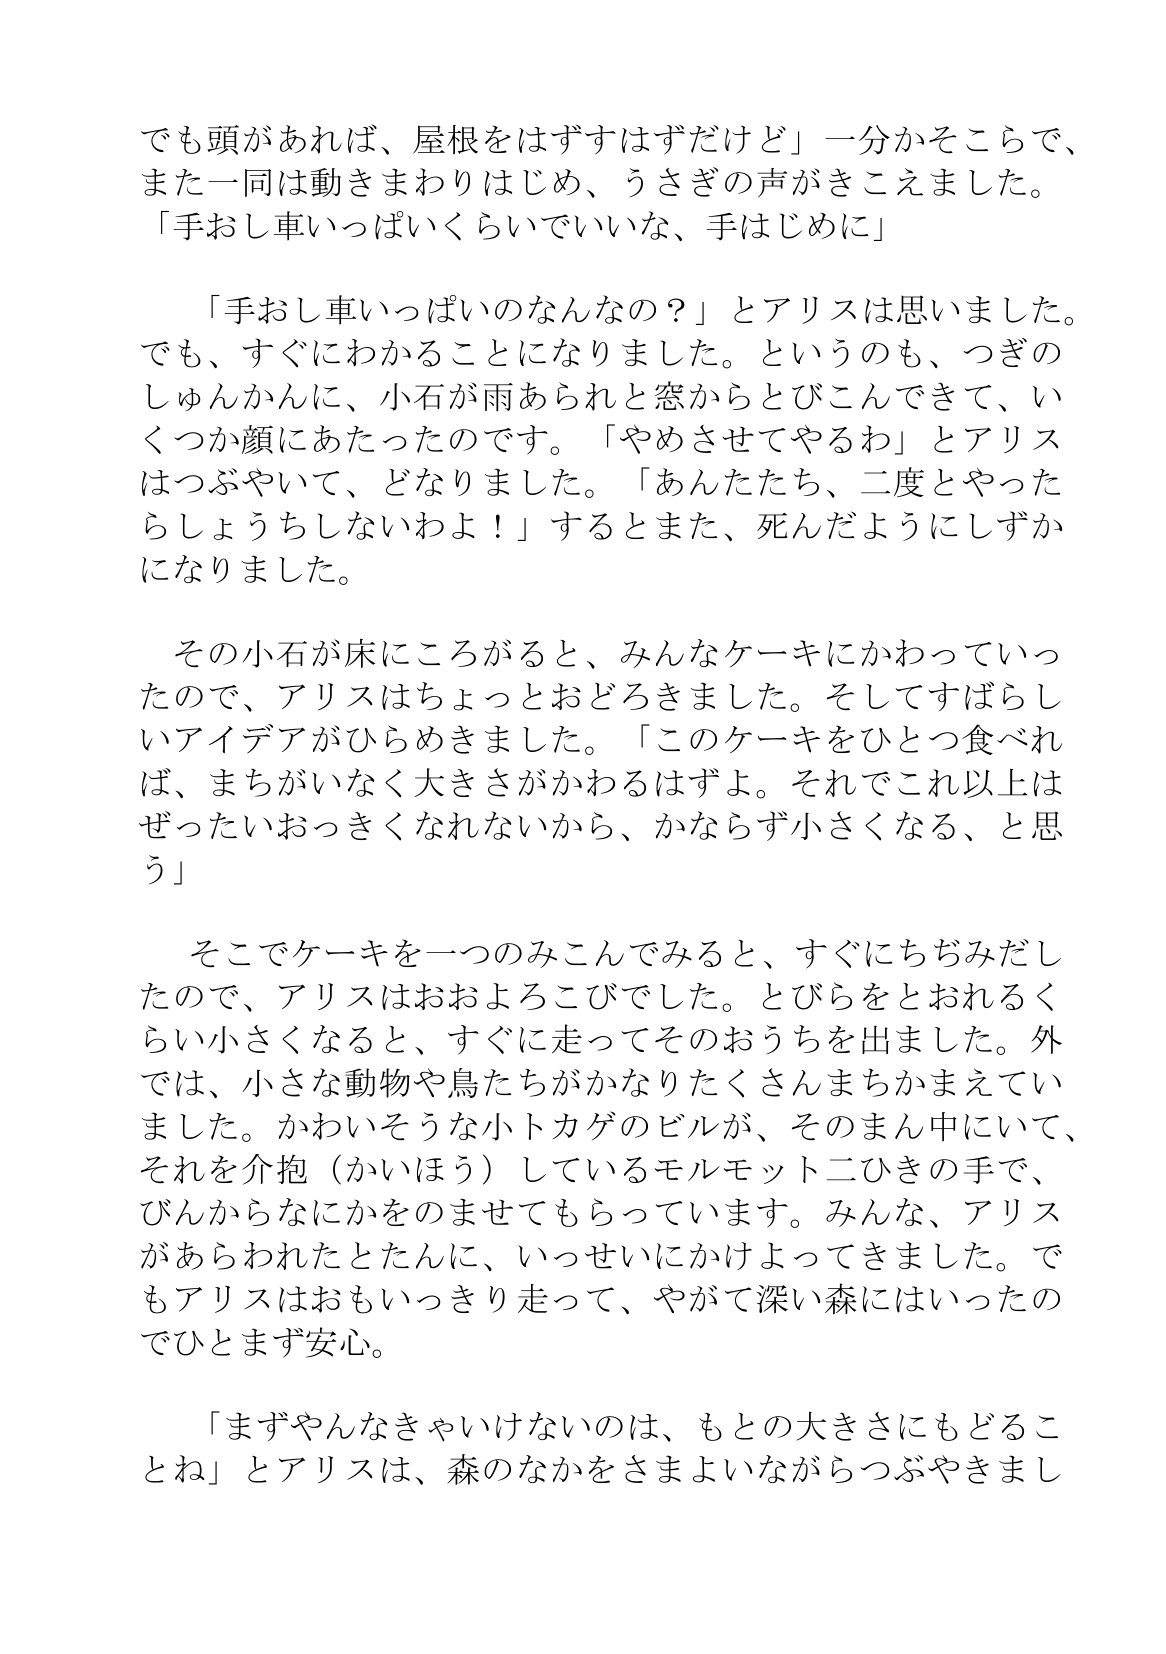
Language: ja